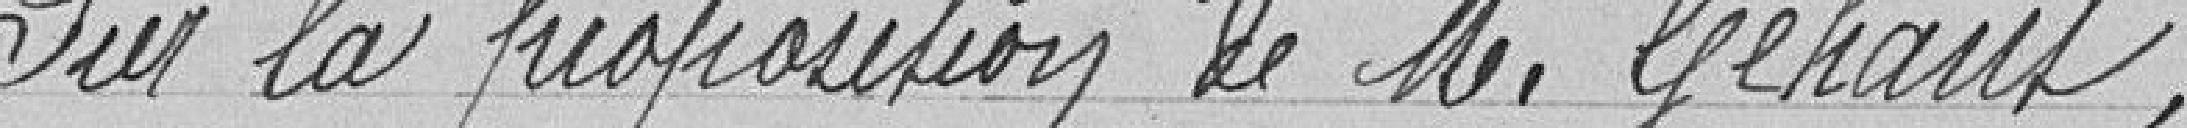
Sur la proposition de M. Géhant,